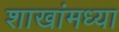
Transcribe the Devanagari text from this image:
शाखांमध्या